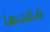
فقدها